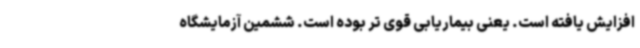
افزایش یافته است. یعنی بیماریابی قوی تر بوده است. ششمین آزمایشگاه